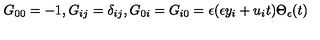
G _ { 0 0 } = - 1 , G _ { i j } = \delta _ { i j } , G _ { 0 i } = G _ { i 0 } = \epsilon ( \epsilon y _ { i } + u _ { i } t ) \Theta _ { \epsilon } ( t )